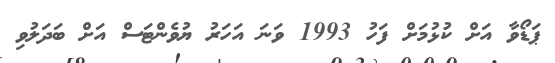
ޕަޑޯވާ އަށް ކުޅުމަށް ފަހު 1993 ވަނަ އަހަރު ޔުވެންޓަސް އަށް ބަދަލުވި